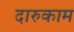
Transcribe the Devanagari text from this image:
दारुकाम